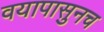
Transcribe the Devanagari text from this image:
वयापासुनच